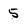
Character: 5